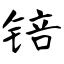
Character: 锫